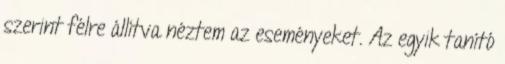
szerint félre állítva néztem az eseményeket. Az egyik tanító